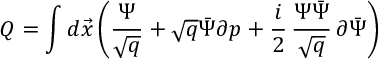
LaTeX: Q = \int d \vec { x } \left( \frac { \Psi } { \sqrt { q } } + \sqrt { q } \bar { \Psi } \partial p + \frac { i } { 2 } \, \frac { \Psi \bar { \Psi } } { \sqrt { q } } \, \partial \bar { \Psi } \right)